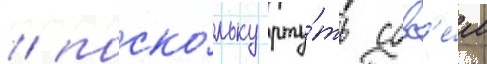
/ поско́льку рту́ть совс'е́м